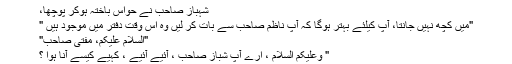
شہباز صاحب نے حواس باختہ ہوکر پوچھا،
"میں کچھ نہیں جانتا، آپ کیلئے بہتر ہوگا کہ آپ ناظم صاحب سے بات کر لیں وہ اس وقت دفتر میں موجود ہیں "
"السلام علیکم، مفتی صاحب"
" وعلیکم السلام ، ارے آپ شباز صاحب ، آئیے آئیے ، کہیے کیسے آنا ہوا ؟